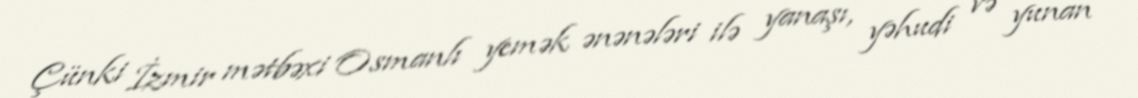
Çünki İzmir mətbəxi Osmanlı yemək ənənələri ilə yanaşı, yəhudi və yunan